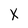
Character: X